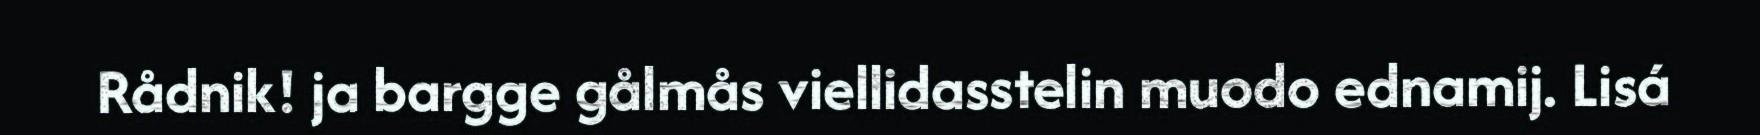
Rådnik! ja bargge gålmås viellidasstelin muodo ednamij. Lisá